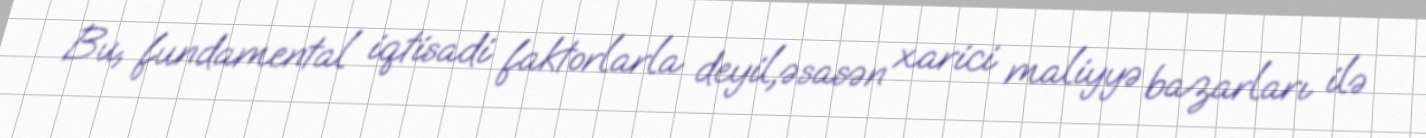
Bu, fundamental iqtisadi faktorlarla deyil,əsasən xarici maliyyə bazarları ilə